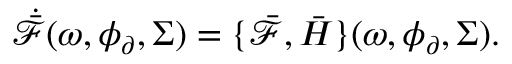
\dot { \bar { \mathcal { F } } } ( \omega , \phi _ { \partial } , \Sigma ) = \{ \bar { \mathcal { F } } , \bar { H } \} ( \omega , \phi _ { \partial } , \Sigma ) .